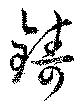
鑄